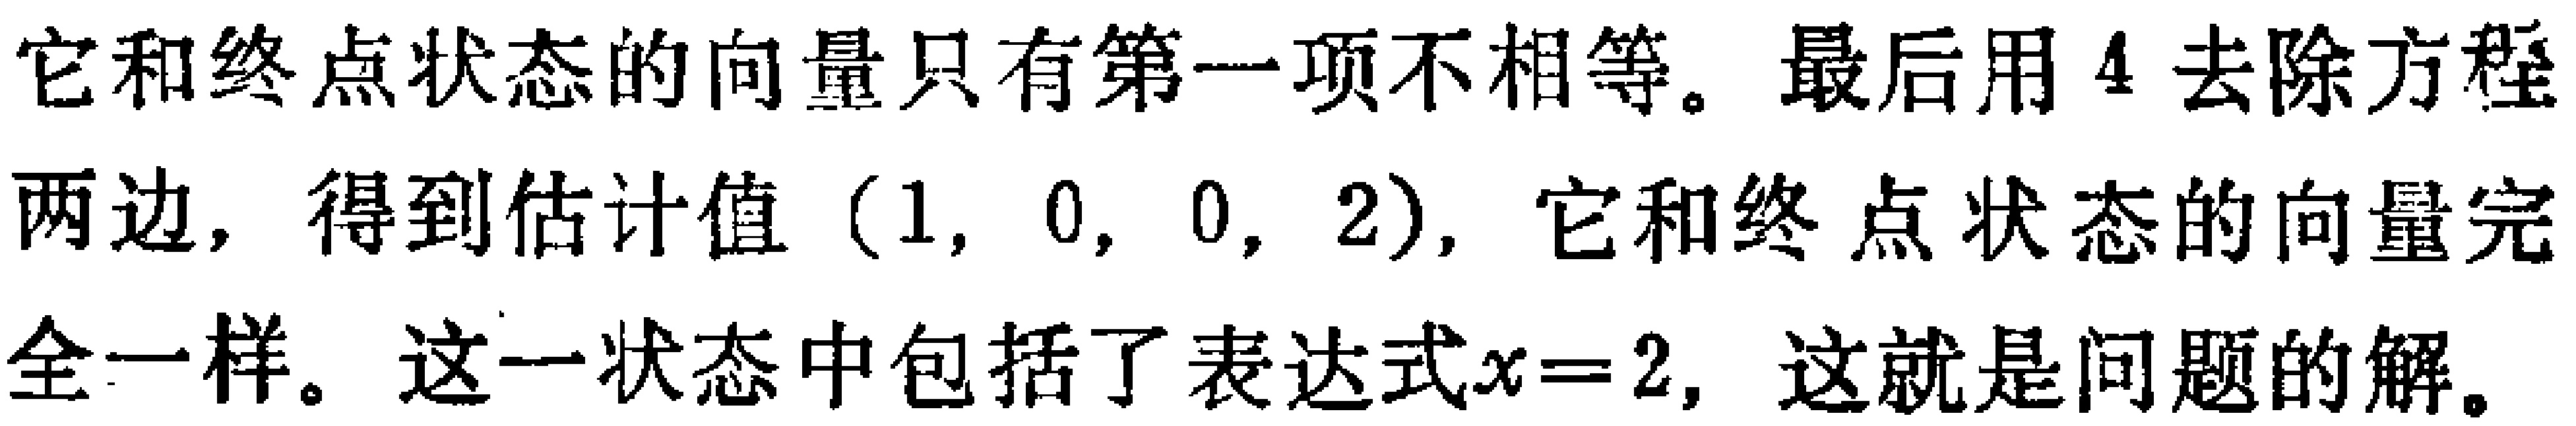
它和终点状态的向量只有第一项不相等。最后用 \(4\) 去除方程

两边，得到估计值 \((1, 0, 0, 2)\)，它和终点状态的向量完

全一样。这一状态中包括了表达式\(x = 2\)，这就是问题的解。